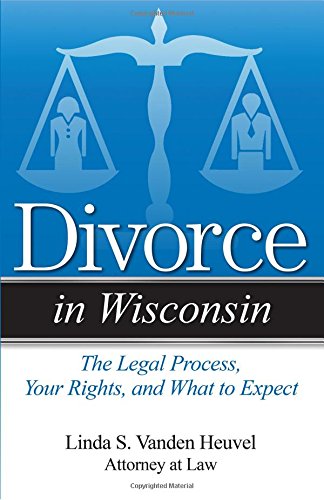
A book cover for Divorce in Wisconsin: The Legal Process, Your Rights, and What to Expect; Linda S. Vanden Heuvel; Law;